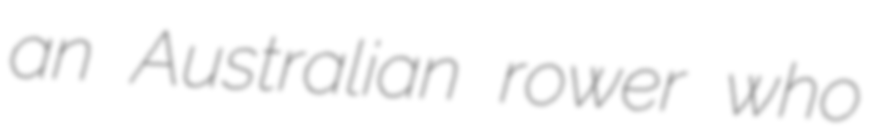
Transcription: an Australian rower who